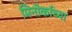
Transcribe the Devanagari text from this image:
मिनोर्काच्या